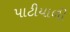
પાટીયાળી